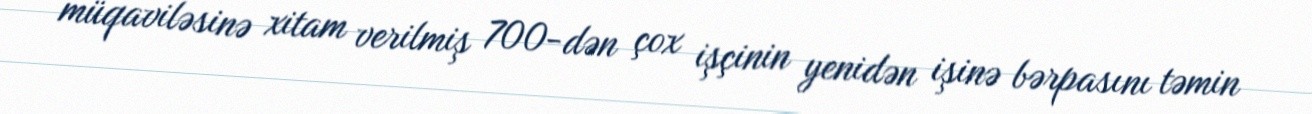
müqaviləsinə xitam verilmiş 700-dən çox işçinin yenidən işinə bərpasını təmin